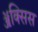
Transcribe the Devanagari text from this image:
ॲक्सिस